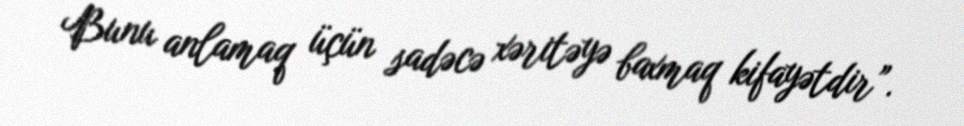
Bunu anlamaq üçün sadəcə xəritəyə baxmaq kifayətdir”.